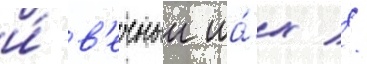
и́ в'ечныи ша́х //